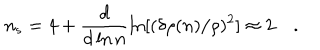
LaTeX: n _ { s } = 4 + \frac { d } { d \ln n } \ln [ ( \delta \rho ( n ) / \rho ) ^ { 2 } ] \approx 2 \quad .